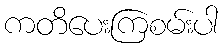
ကတိပေးကြစမ်းပါ